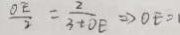
\frac { O E } { 2 } = \frac { 2 } { 3 + O E } \Rightarrow O E =